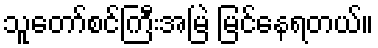
သူတော်စင်ကြီးအမြဲ မြင်နေရတယ်။